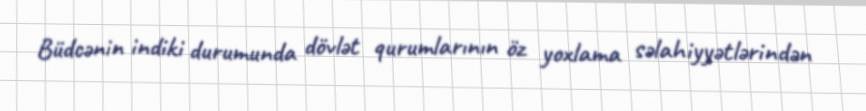
Büdcənin indiki durumunda dövlət qurumlarının öz yoxlama səlahiyyətlərindən